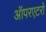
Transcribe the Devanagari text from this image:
ऑपरएटरों